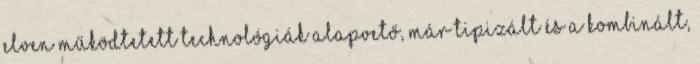
elven működtetett technológiák alapvető, már tipizált és a kombinált,